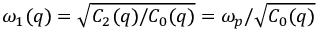
\omega _ { 1 } ( q ) = \sqrt { C _ { 2 } ( q ) / C _ { 0 } ( q ) } = \omega _ { p } / \sqrt { C _ { 0 } ( q ) }